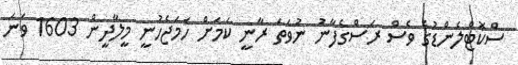
ސްކޮޓްލެންޑުގެ ވެސް ރަސްގެފާނު ނުވަތަ ރާނީ ކަމަށް ހަމަޖެހުނީ މީލާދީން 1603 ވަނަ